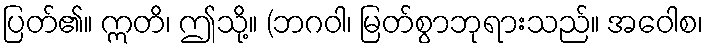
ပြတ်၏။ ဣတိ၊ ဤသို့။ (ဘဂဝါ၊ မြတ်စွာဘုရားသည်။ အဝေါစ၊